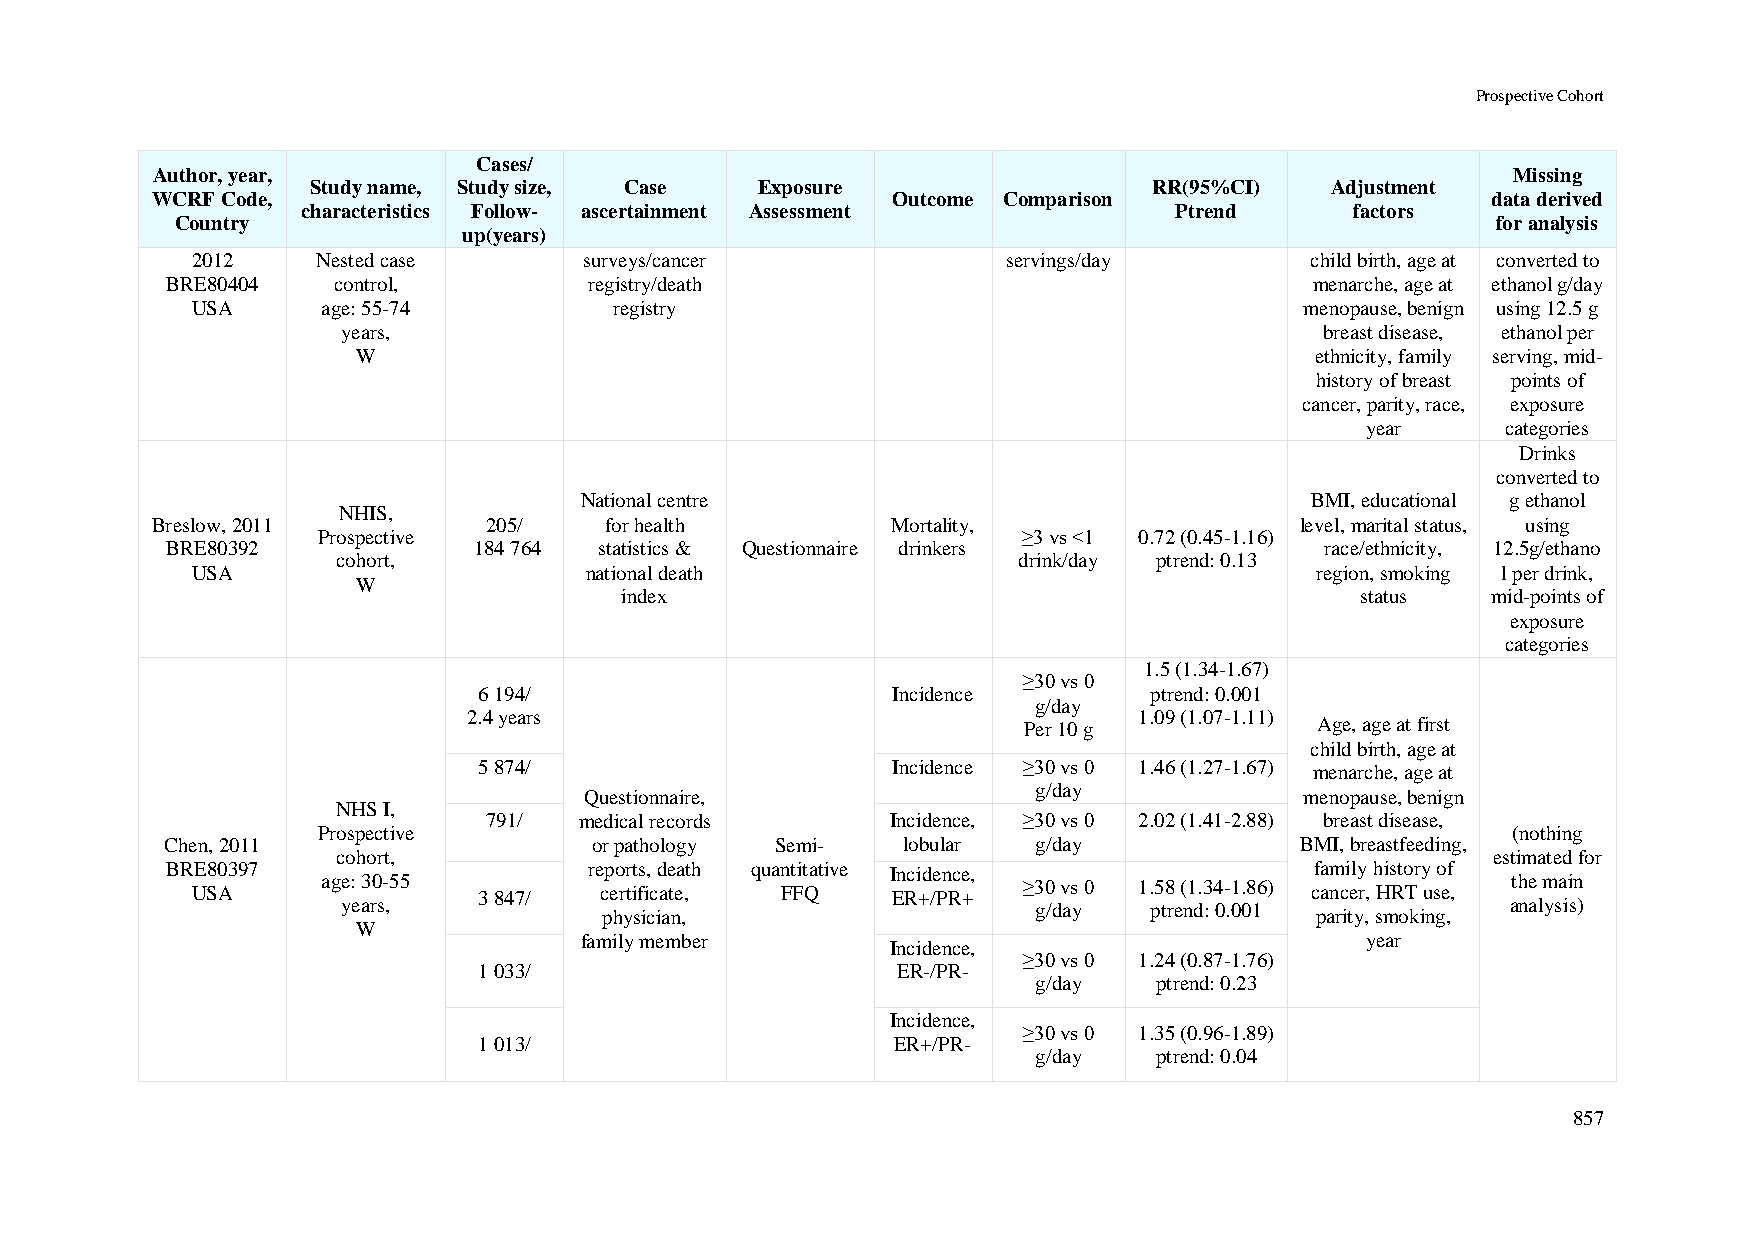
Prospective Cohort
 Cases/
 Author, year,                                                                             Missing
 Study name, Study size, Case Exposure                  RR(95%CI)   Adjustment
 WCRF Code,                                       Outcome Comparison                      data derived
 characteristics Follow- ascertainment Assessment          Ptrend      factors
 Country                                                                                for analysis
 up(years)
 2012    Nested case       surveys/cancer              servings/day        child birth, age at converted to
 BRE80404   control,         registry/death                                  menarche, age at ethanol g/day
 USA     age: 55-74          registry                                     menopause, benign using 12.5 g
 years,                                                           breast disease, ethanol per
 W                                                              ethnicity, family serving, mid-
 history of breast points of
 cancer, parity, race, exposure
 year      categories
 Drinks
 converted to
 National centre                                  BMI, educational g ethanol
 NHIS,
 Breslow, 2011         205/    for health         Mortality,                 level, marital status, using
 Prospective                                    ≥3 vs <1 0.72 (0.45-1.16)
 BRE80392            184 764  statistics & Questionnaire drinkers             race/ethnicity, 12.5g/ethano
 cohort,                                      drink/day ptrend: 0.13
 USA                       national death                                  region, smoking l per drink,
 W
 index                                            status   mid-points of
 exposure
 categories
 1.5 (1.34-1.67)
 ≥30 vs 0
 6 194/                     Incidence        ptrend: 0.001
 g/day
 2.4 years                                   1.09 (1.07-1.11)
 Per 10 g           Age, age at first
 child birth, age at
 5 874/                     Incidence ≥30 vs 0 1.46 (1.27-1.67) menarche, age at
 Questionnaire,                g/day            menopause, benign
 NHS I,
 791/  medical records      Incidence, ≥30 vs 0 2.02 (1.41-2.88) breast disease,
 Prospective                                                                    (nothing
 Chen, 2011                  or pathology Semi-   lobular  g/day            BMI, breastfeeding,
 cohort,                                                                      estimated for
 BR UE8 S0 A3 97 age: 30-55 3 847/ re cp eo rr tt ifs i, c d ae tea ,t h quan Ft Fit Qat ive I En Rci +d /e Pn Rce +, ≥30 vs 0 1.58 (1.34-1.86) cf aa nm ci ely r, h His Rto Tr y u so ef , the main
 ye War s,        physician,                   g/day  ptrend: 0.001 parity, smoking, analysis)
 family member                                       year
 Incidence,
 ≥30 vs 0 1.24 (0.87-1.76)
 1 033/                     ER-/PR-
 g/day   ptrend: 0.23
 Incidence,
 ≥30 vs 0 1.35 (0.96-1.89)
 1 013/                     ER+/PR-
 g/day   ptrend: 0.04
 857